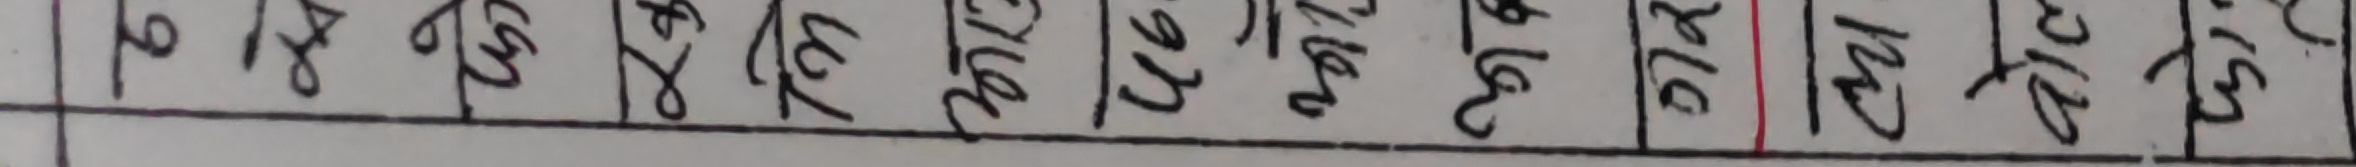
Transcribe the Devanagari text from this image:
१० १५ १२ १८ १० १५ १६ १४ १० १२ १० १२ १५